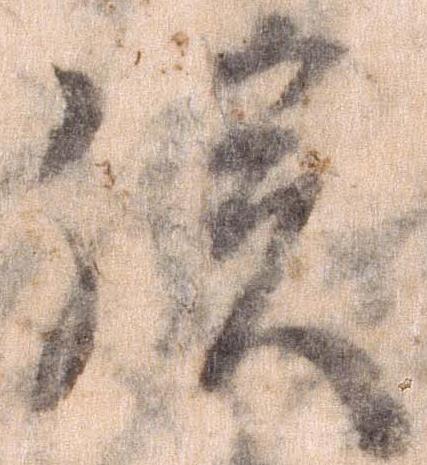
族